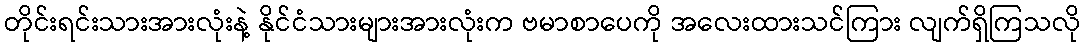
တိုင်းရင်းသားအားလုံးနဲ့ နိုင်ငံသားများအားလုံးက ဗမာစာပေကို အလေးထားသင်ကြား လျက်ရှိကြသလို